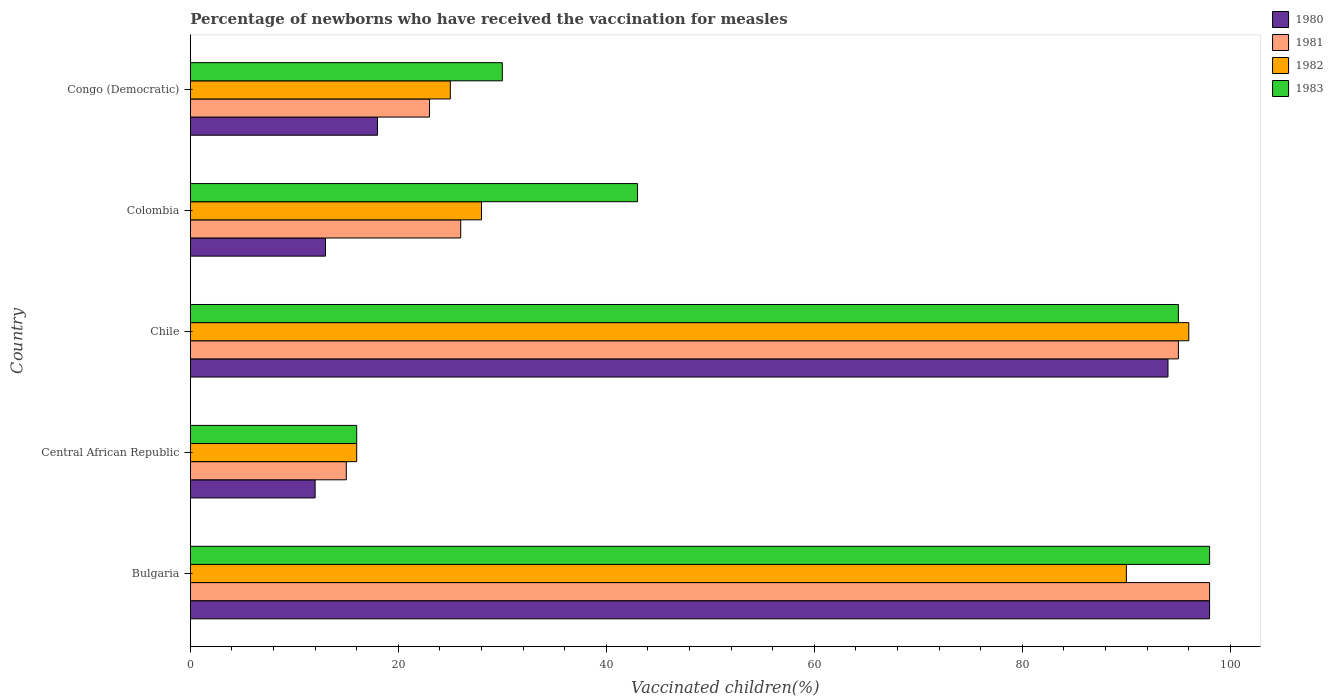
| Country | 1980 | 1981 | 1982 | 1983 |
 | --- | --- | --- | --- | --- |
 | Bulgaria | 98 | 98 | 90 | 98 |
 | Central African Republic | 12 | 15 | 16 | 16 |
 | Chile | 94 | 95 | 96 | 95 |
 | Colombia | 13 | 26 | 28 | 43 |
 | Congo (Democratic) | 18 | 23 | 25 | 30 |